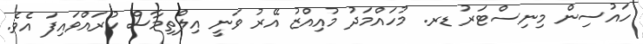
ހައުސިން މިނިސްޓަރު ޑރ. މުހައްމަދު މުއިއްޒު އޭރު ވަނީ އިލްތިމާސް ކުރައްވައިފަ އެވެ.